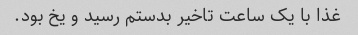
غذا با یک ساعت تاخیر بدستم رسید و یخ بود.